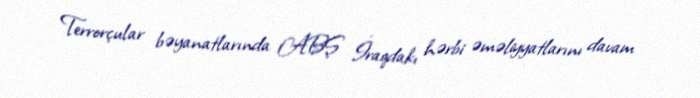
Terrorçular bəyanatlarında ABŞ İraqdakı hərbi əməliyyatlarını davam